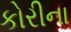
કોરીના